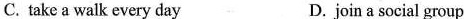
C. take a walk every day D.join a social group